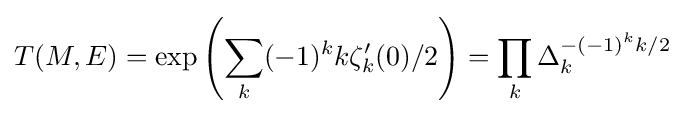
T(M,E)=\exp \left(\sum _{k}(-1)^{k}k\zeta _{k}^{\prime }(0)/2\right)=\prod _{k}\Delta _{k}^{-(-1)^{k}k/2}